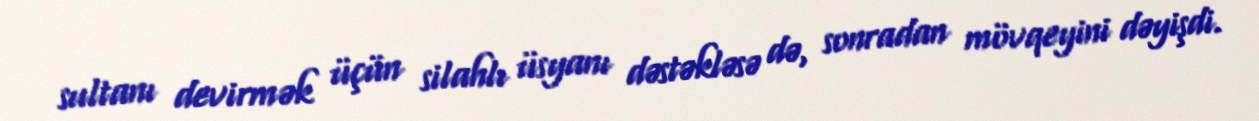
sultanı devirmək üçün silahlı üsyanı dəstəkləsə də, sonradan mövqeyini dəyişdi.